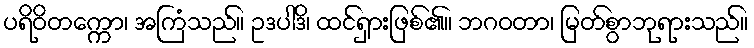
ပရိဝိတက္ကော၊ အကြံသည်။ ဥဒပါဒိ၊ ထင်ရှားဖြစ်၏။ ဘဂဝတာ၊ မြတ်စွာဘုရားသည်။